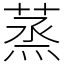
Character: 蒸